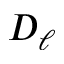
D _ { \ell }